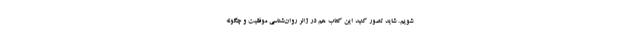
شویم. شاید تصور کنید این کتاب هم در ژانر روان‌شناسی موفقیت و چگونه